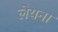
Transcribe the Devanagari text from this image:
लेयना